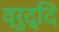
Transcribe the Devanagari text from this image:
व्रुद्दि